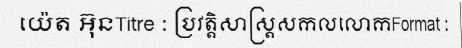
យ៉េត អ៊ុនTitre : ប្រវត្តិសាស្ត្រសកលលោកFormat :